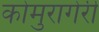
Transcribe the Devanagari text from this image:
कोमुरागेरी